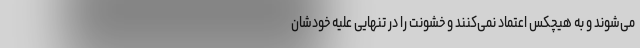
می‌شوند و به هیچکس اعتماد نمی‌کنند و خشونت را در تنهایی علیه خودشان